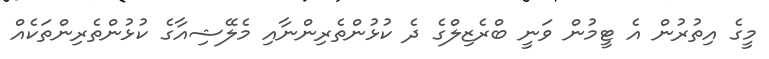
މީގެ އިތުރުން އެ ޓީމުން ވަނީ ބްރެޒިލްގެ ދެ ކުޅުންތެރިންނާއި މެލޭޝިއާގެ ކުޅުންތެރިންތަކެއް